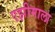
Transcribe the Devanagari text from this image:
एझीमाला